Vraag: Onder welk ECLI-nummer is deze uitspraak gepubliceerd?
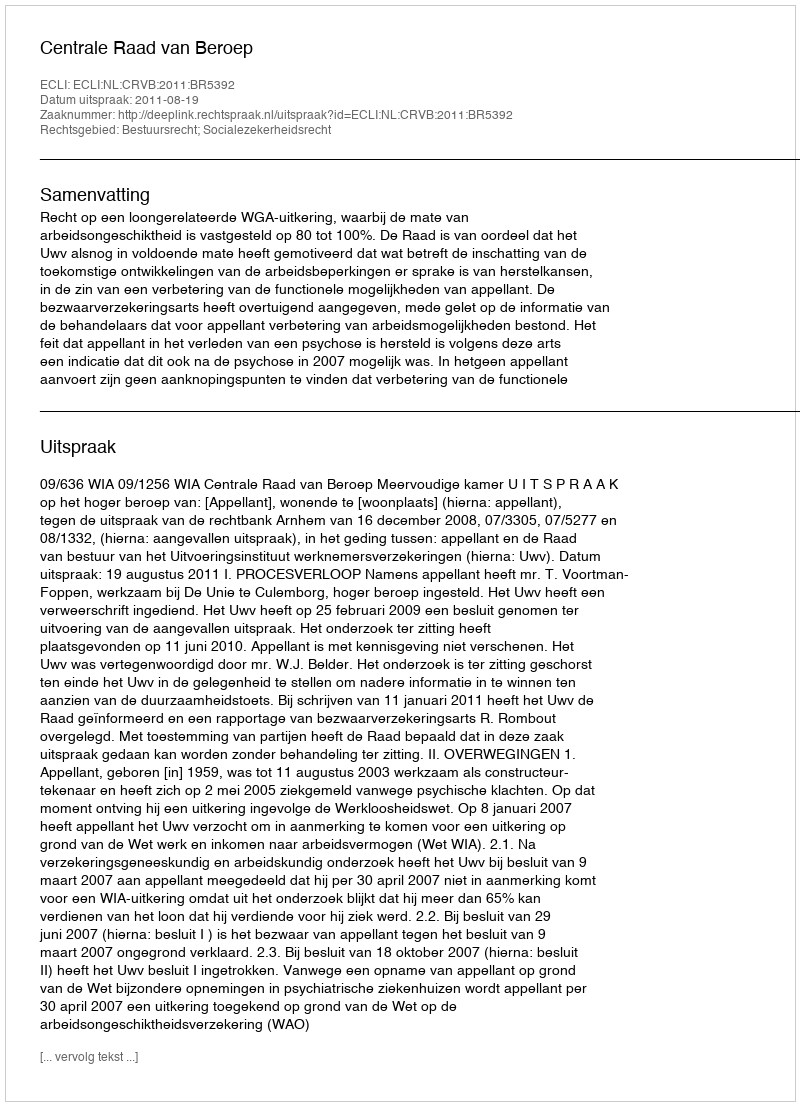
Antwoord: ECLI:NL:CRVB:2011:BR5392